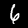
Digit: 6